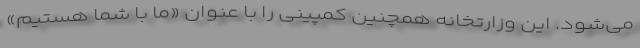
می‌شود. این وزارتخانه همچنین کمپینی را با عنوان «ما با شما هستیم»